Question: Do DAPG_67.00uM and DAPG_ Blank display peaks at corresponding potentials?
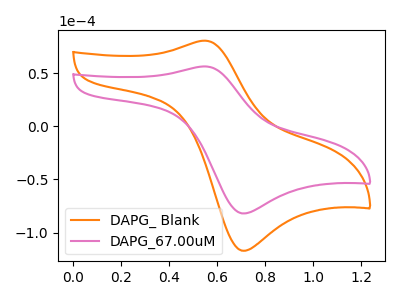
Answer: <think>The orange curve "DAPG_ Blank" has an anodic peak at (0.55V, 80.90uA) and a cathodic peak at (0.70V, -117.15uA). The pink curve "DAPG_67.00uM" has an anodic peak at (0.55V, 56.60uA) and a cathodic peak at (0.70V, -82.00uA).</think>
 <answer>Yes, "DAPG_67.00uM" have a peak in "DAPG_ Blank" at the same potential.</answer>
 <eval>match</eval>